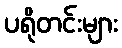
ပရိုတင်းများ